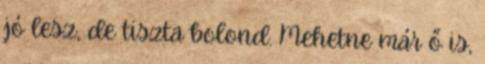
jó lesz, de tiszta bolond. Mehetne már ő is,